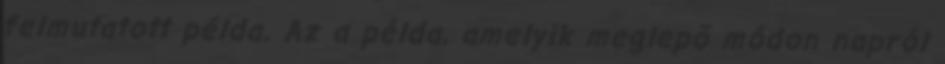
felmutatott példa. Az a példa, amelyik meglepõ módon napról